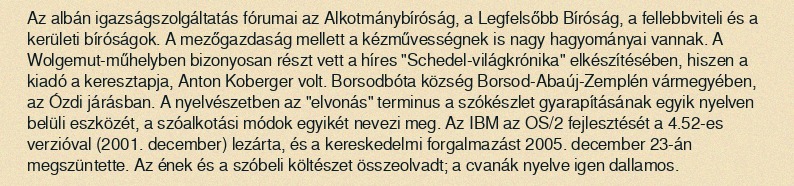
Az albán igazságszolgáltatás fórumai az Alkotmánybíróság, a Legfelsőbb Bíróság, a fellebbviteli és a kerületi bíróságok. A mezőgazdaság mellett a kézművességnek is nagy hagyományai vannak. A Wolgemut-műhelyben bizonyosan részt vett a híres "Schedel-világkrónika" elkészítésében, hiszen a kiadó a keresztapja, Anton Koberger volt. Borsodbóta község Borsod-Abaúj-Zemplén vármegyében, az Ózdi járásban. A nyelvészetben az "elvonás" terminus a szókészlet gyarapításának egyik nyelven belüli eszközét, a szóalkotási módok egyikét nevezi meg. Az IBM az OS/2 fejlesztését a 4.52-es verzióval (2001. december) lezárta, és a kereskedelmi forgalmazást 2005. december 23-án megszüntette. Az ének és a szóbeli költészet összeolvadt; a cvanák nyelve igen dallamos.